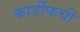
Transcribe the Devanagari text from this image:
कार्डीफची